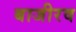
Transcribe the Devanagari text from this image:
बाजीरव